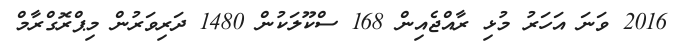
2016 ވަނަ އަހަރު މުޅި ރާއްޖެއިން 168 ސްކޫލަކުން 1480 ދަރިވަރުން މިޕްރޮގްރާމް